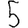
Digit: 5